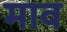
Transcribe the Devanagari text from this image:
माव